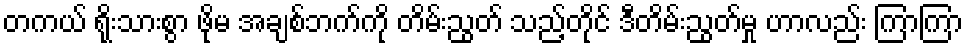
တကယ် ရိုးသားစွာ ဖိုမ အချစ်ဘက်ကို တိမ်းညွတ် သည့်တိုင် ဒီတိမ်းညွတ်မှု ဟာလည်း ကြာကြာ